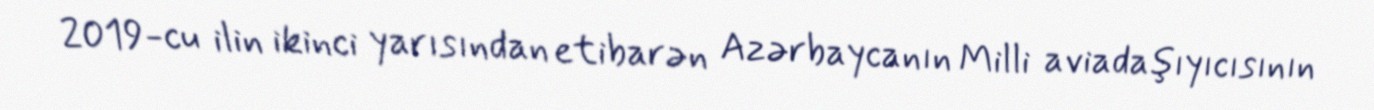
2019-cu ilin ikinci yarısından etibarən Azərbaycanın Milli aviadaşıyıcısının